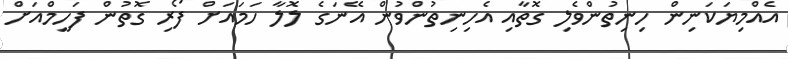
އެއްމިޔަކަނިން ހިނިތުންވެލި ގޮތާއި އެހިނިތުންވުން އޭނަގެ ލޮލާ ހަމައަށް ފޯރި ގޮތުން ފަހީމްއަށް